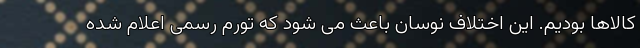
کالاها بودیم. این اختلاف نوسان باعث می شود که تورم رسمی اعلام شده